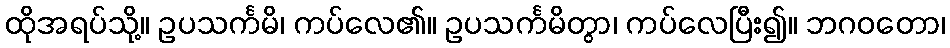
ထိုအရပ်သို့။ ဥပသင်္ကမိ၊ ကပ်လေ၏။ ဥပသင်္ကမိတွာ၊ ကပ်လေပြီး၍။ ဘဂဝတော၊